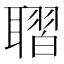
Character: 𦗗